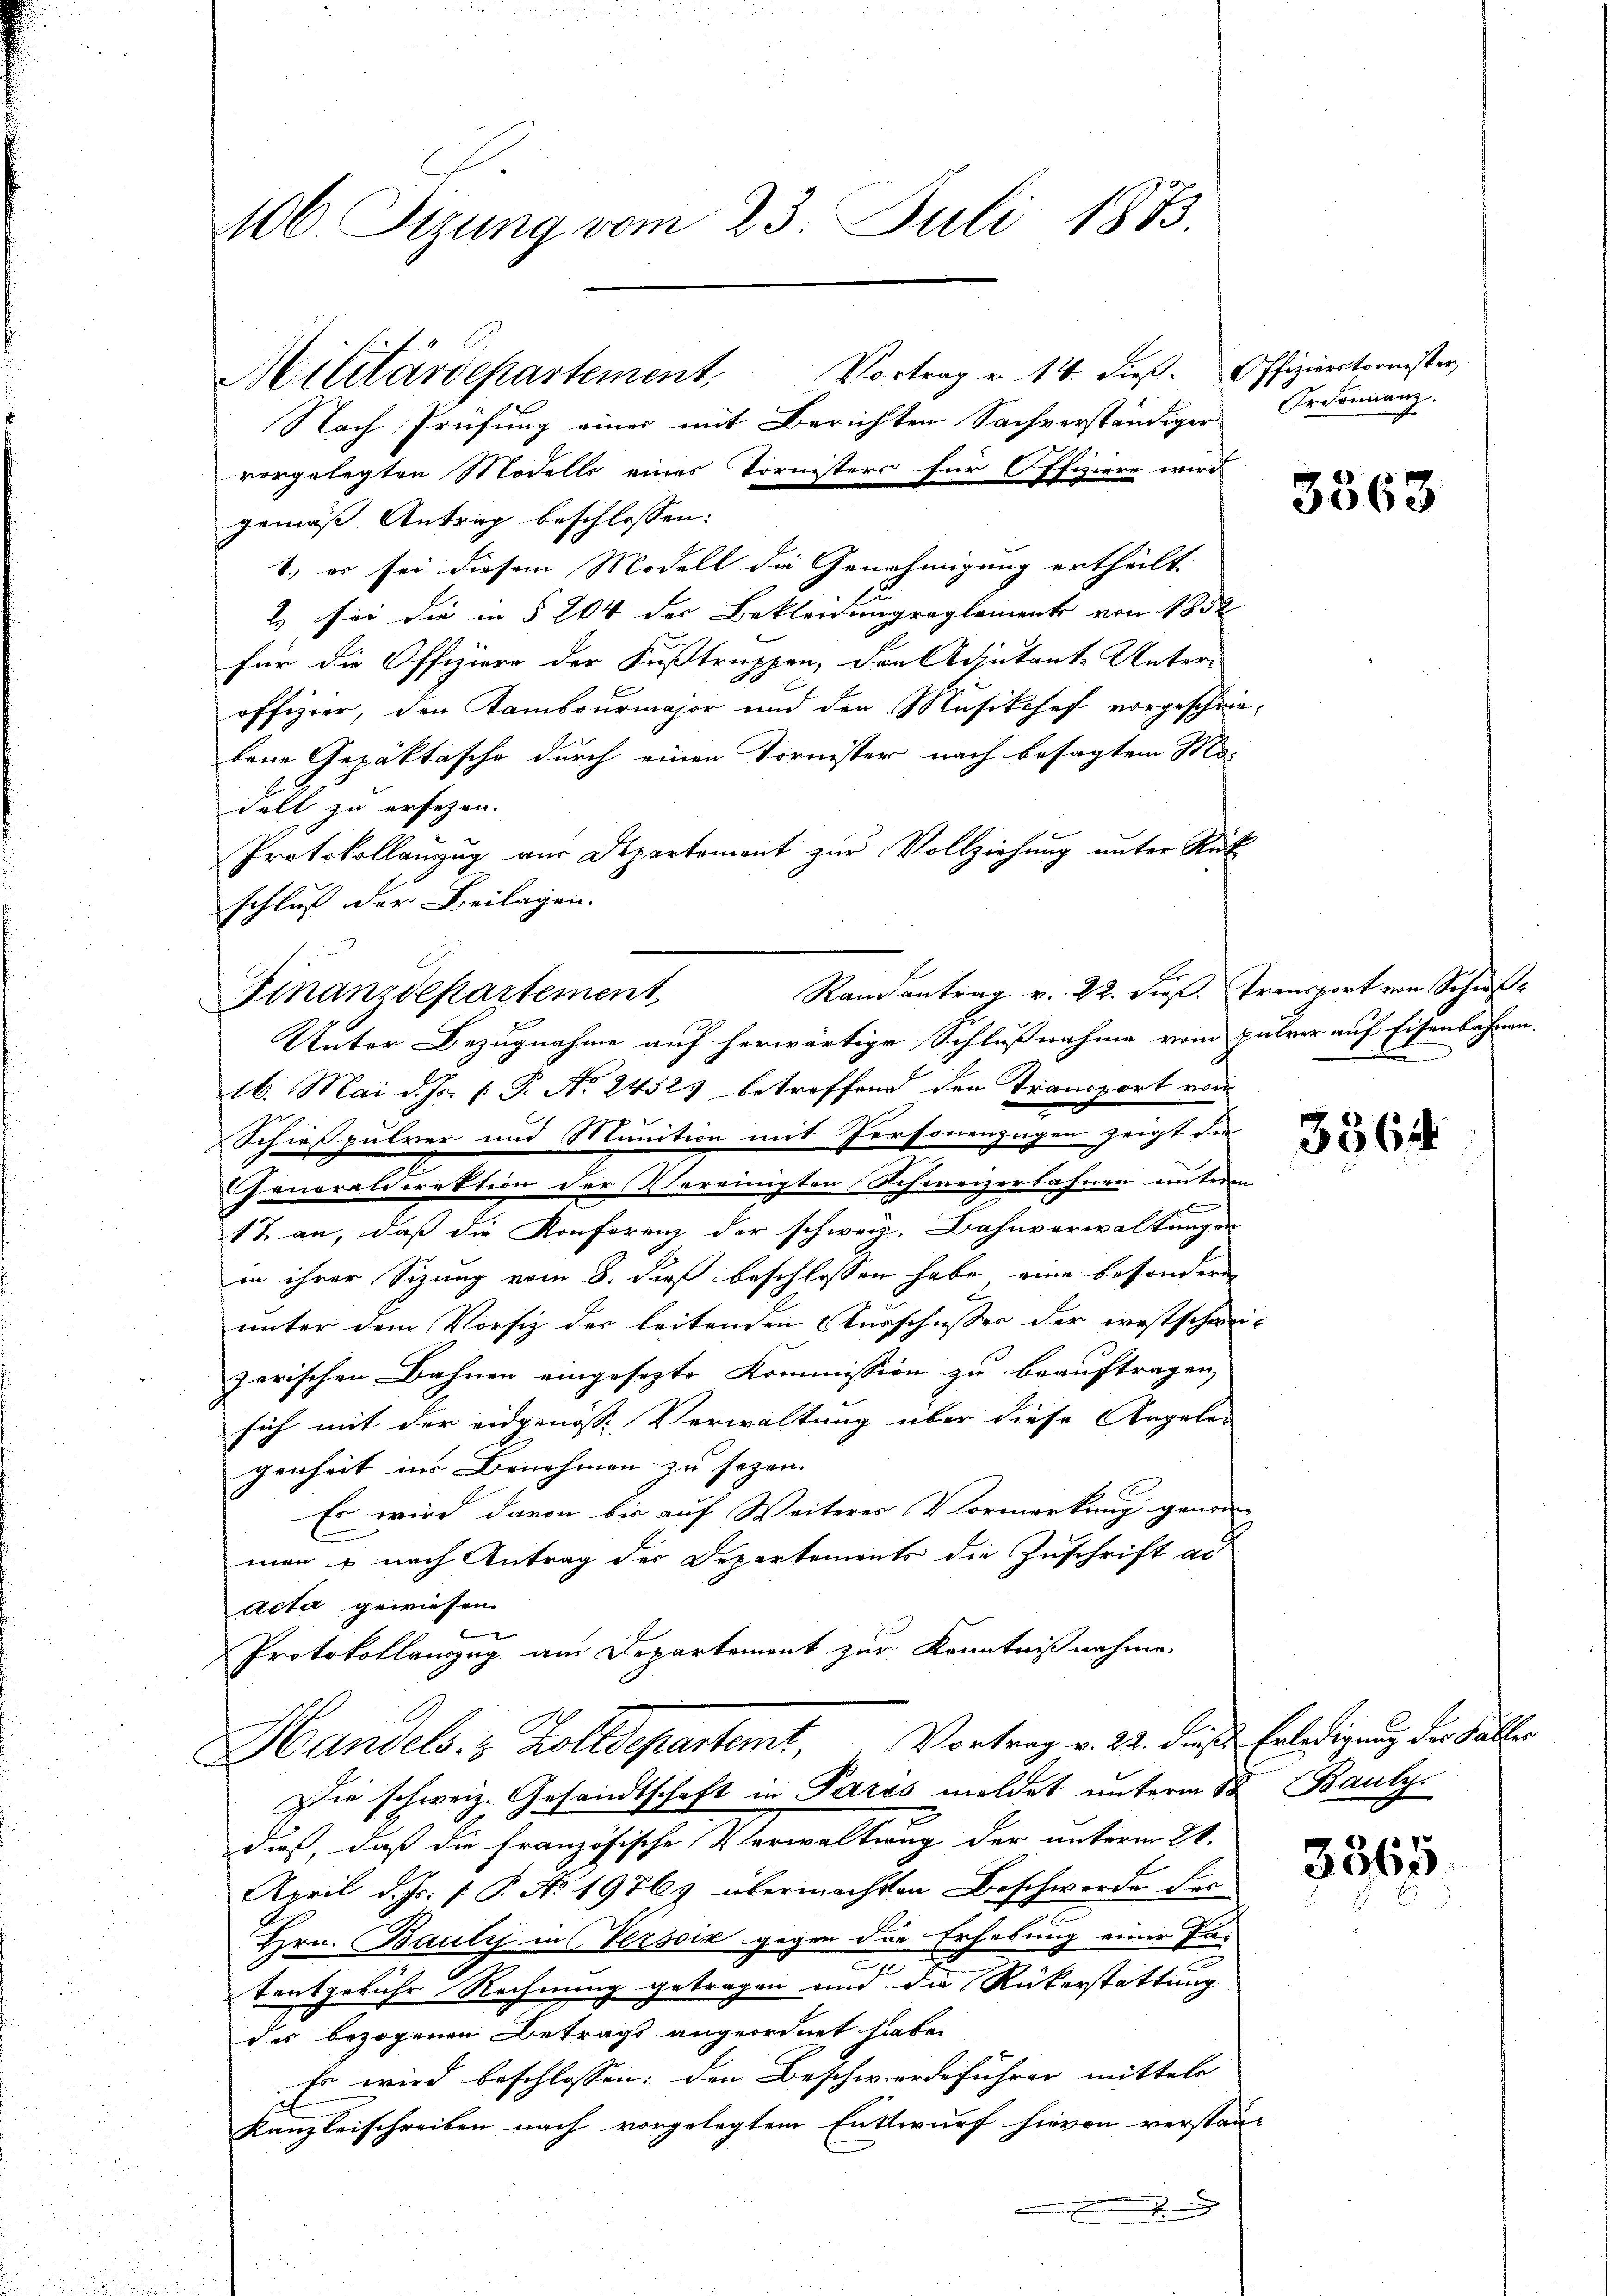
106. Sizung vom 23. Juli 1883.

Nach Prüfung eines mit Berichten Sachverständiger
vorgelegten Modells eines Tornisters für Offiziere wird
gemäß Antrag beschlossen:
1., er sei diesem Modell die Genehmigung ertheilt
2 sei die in § 204 der Bekleidungreglement von 1852
für die Offiziere der Fußtruppen, den Adjutante Unter-
offizier, den Kambourmajor und den Musikosef vorgeschriebene Gepäktasche durch einen Tornister nach besagtem Ma-
Fell zu ersezen.
Protokollanzug aus Departement zur Vollziehung unter Rückschluß der Beilagen.
Finanzdepartement,
Unter Bezugnahme auf herwärtige Schlußnahme vom Jahrer auf Eisenbahnen.
16. Mai d. Js. v. P. Nr. 24523 betreffend den Transport vom
2
Schießpulver und Munition mit Personenzügen zeigt die
Panoraldirektion der Vereinigten Schweizerbahnen unterm
17 an, daß die Konferenz der schweiz. Bahnverwaltungen
in ihrer Sizung vom 8. dieß beschlossen habe, eine besonderen
unter dem Vorsig der leitenden Kurschusser der westschweizerischen Bahnen eingesezte Kommission zu beauftragen,
sich mit der eidgenösse Verwaltung über diese Angelan
genheit ins Benehmen zu sezen.
Es wird davon bis auf Weiteres Vormerkung genom-
men u nach Antrag der Departements die Zuschrift ad
Acta gewiesen.
Protokollauszug am Departement zur Kenntnißnahme,
Handels- & Zolldepartemt, Vortrag v. 23. diese Erledigung der Faller
Die schweiz. Gesandtschaft in Paris meldet unterm 18. Bauly.
dieß, daß die französische Verwaltung der unterm 21.
April d. Js. (T. N. 1976) übermachten Beschwerde der
Hrn. Bauly in Verscia gegen die Erhebung einer Zu-
tentgebühr Rechnung getragen und die Rükerstattung
des bezogenen Betrags angeordnet habe.
Es wird beschlossen: den Beschwerdeführer mittels
Kanzleischreiben nach vorgelegtem Entwurf hievon verstann

Militärdepartement, Vortrag u. 14. dieβ. Offizirectornister

Randantrag v. 22. dieß. Transport von Schif¬

Ordonnanz.

3563

un

3364

3565